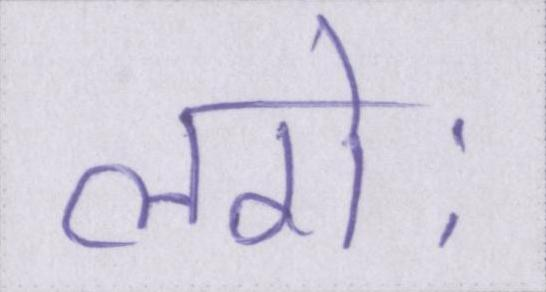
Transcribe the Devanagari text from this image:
लगेः